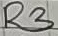
Text: R3